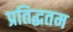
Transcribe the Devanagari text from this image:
प्रतिद्धतम